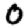
Digit: 0